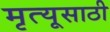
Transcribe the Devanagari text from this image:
मृत्यूसाठी